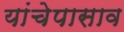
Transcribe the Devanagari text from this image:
यांचेपासाव